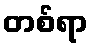
တစ်ရာ